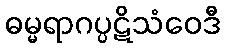
ဓမ္မရာဂပ္ပဋိသံဝေဒီ